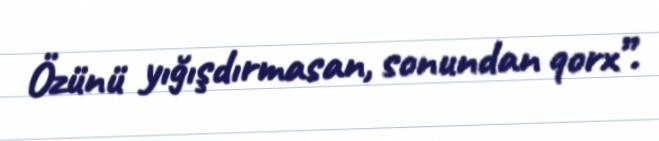
Özünü yığışdırmasan, sonundan qorx”.